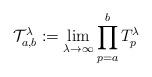
LaTeX: \begin{align*}\mathcal{T}_{a,b}^{\lambda }:=\lim_{\lambda \rightarrow \infty}\prod_{p=a}^{b}T_{p}^{\lambda }\,\end{align*}